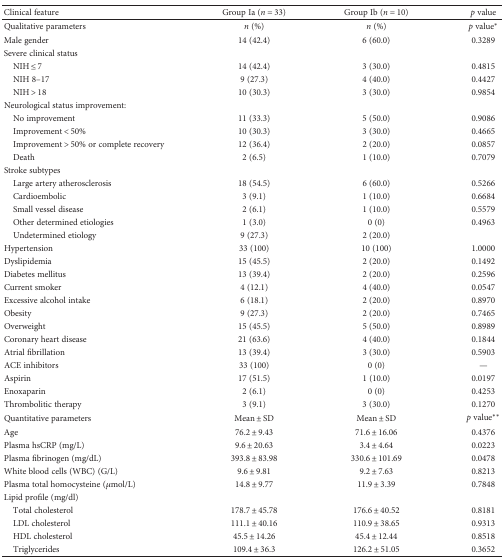
<table><thead><tr><td><b>Clinical feature</b></td><td><b>Group Ia (<i>n</i> = 33)</b></td><td><b>Group Ib (<i>n</i> = 10)</b></td><td><b><i>p</i> value</b></td></tr></thead><tbody><tr><td>Qualitative parameters</td><td><i>n</i> (%)</td><td><i>n</i> (%)</td><td><i>p</i> value<sup>∗</sup></td></tr><tr><td>Male gender</td><td>14 (42.4)</td><td>6 (60.0)</td><td>0.3289</td></tr><tr><td>Severe clinical status</td><td></td><td></td><td></td></tr><tr><td> NIH ≤ 7</td><td>14 (42.4)</td><td>3 (30.0)</td><td>0.4815</td></tr><tr><td> NIH 8–17</td><td>9 (27.3)</td><td>4 (40.0)</td><td>0.4427</td></tr><tr><td> NIH &gt; 18</td><td>10 (30.3)</td><td>3 (30.0)</td><td>0.9854</td></tr><tr><td>Neurological status improvement:</td><td></td><td></td><td></td></tr><tr><td> No improvement</td><td>11 (33.3)</td><td>5 (50.0)</td><td>0.9086</td></tr><tr><td> Improvement &lt; 50%</td><td>10 (30.3)</td><td>3 (30.0)</td><td>0.4665</td></tr><tr><td> Improvement &gt; 50% or complete recovery</td><td>12 (36.4)</td><td>2 (20.0)</td><td>0.0857</td></tr><tr><td> Death</td><td>2 (6.5)</td><td>1 (10.0)</td><td>0.7079</td></tr><tr><td>Stroke subtypes</td><td></td><td></td><td></td></tr><tr><td> Large artery atherosclerosis</td><td>18 (54.5)</td><td>6 (60.0)</td><td>0.5266</td></tr><tr><td> Cardioembolic</td><td>3 (9.1)</td><td>1 (10.0)</td><td>0.6684</td></tr><tr><td> Small vessel disease</td><td>2 (6.1)</td><td>1 (10.0)</td><td>0.5579</td></tr><tr><td> Other determined etiologies</td><td>1 (3.0)</td><td>0 (0)</td><td>0.4963</td></tr><tr><td> Undetermined etiology</td><td>9 (27.3)</td><td>2 (20.0)</td><td></td></tr><tr><td>Hypertension</td><td>33 (100)</td><td>10 (100)</td><td>1.0000</td></tr><tr><td>Dyslipidemia</td><td>15 (45.5)</td><td>2 (20.0)</td><td>0.1492</td></tr><tr><td>Diabetes mellitus</td><td>13 (39.4)</td><td>2 (20.0)</td><td>0.2596</td></tr><tr><td>Current smoker</td><td>4 (12.1)</td><td>4 (40.0)</td><td>0.0547</td></tr><tr><td>Excessive alcohol intake</td><td>6 (18.1)</td><td>2 (20.0)</td><td>0.8970</td></tr><tr><td>Obesity</td><td>9 (27.3)</td><td>2 (20.0)</td><td>0.7465</td></tr><tr><td>Overweight</td><td>15 (45.5)</td><td>5 (50.0)</td><td>0.8989</td></tr><tr><td>Coronary heart disease</td><td>21 (63.6)</td><td>4 (40.0)</td><td>0.1844</td></tr><tr><td>Atrial fibrillation</td><td>13 (39.4)</td><td>3 (30.0)</td><td>0.5903</td></tr><tr><td>ACE inhibitors</td><td>33 (100)</td><td>0 (0)</td><td>—</td></tr><tr><td>Aspirin</td><td>17 (51.5)</td><td>1 (10.0)</td><td>0.0197</td></tr><tr><td>Enoxaparin</td><td>2 (6.1)</td><td>0 (0)</td><td>0.4253</td></tr><tr><td>Thrombolitic therapy</td><td>3 (9.1)</td><td>3 (30.0)</td><td>0.1270</td></tr><tr><td>Quantitative parameters</td><td>Mean ± SD</td><td>Mean ± SD</td><td><i>p</i> value<sup>∗∗</sup></td></tr><tr><td>Age</td><td>76.2 ± 9.43</td><td>71.6 ± 16.06</td><td>0.4376</td></tr><tr><td>Plasma hsCRP (mg/L)</td><td>9.6 ± 20.63</td><td>3.4 ± 4.64</td><td>0.0223</td></tr><tr><td>Plasma fibrinogen (mg/dL)</td><td>393.8 ± 83.98</td><td>330.6 ± 101.69</td><td>0.0478</td></tr><tr><td>White blood cells (WBC) (G/L)</td><td>9.6 ± 9.81</td><td>9.2 ± 7.63</td><td>0.8213</td></tr><tr><td>Plasma total homocysteine (<i>μ</i>mol/L)</td><td>14.8 ± 9.77</td><td>11.9 ± 3.39</td><td>0.7848</td></tr><tr><td>Lipid profile (mg/dl)</td><td></td><td></td><td></td></tr><tr><td> Total cholesterol</td><td>178.7 ± 45.78</td><td>176.6 ± 40.52</td><td>0.8181</td></tr><tr><td> LDL cholesterol</td><td>111.1 ± 40.16</td><td>110.9 ± 38.65</td><td>0.9313</td></tr><tr><td> HDL cholesterol</td><td>45.5 ± 14.26</td><td>45.4 ± 12.44</td><td>0.8518</td></tr><tr><td> Triglycerides</td><td>109.4 ± 36.3</td><td>126.2 ± 51.05</td><td>0.3652</td></tr></tbody></table>